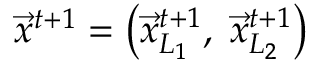
\vec { x } ^ { t + 1 } = \left( \vec { x } _ { L _ { 1 } } ^ { t + 1 } , \; \vec { x } _ { L _ { 2 } } ^ { t + 1 } \right)